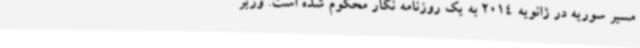
مسیر سوریه در ژانویه 2014 به یک روزنامه نگار محکوم شده است. وزیر